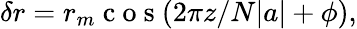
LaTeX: \delta r=r_{m}\mathrm{~c~o~s~}(2\pi z/N|a|+\phi),